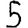
Digit: 5